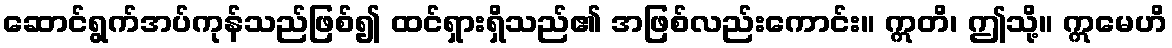
ဆောင်ရွက်အပ်ကုန်သည်ဖြစ်၍ ထင်ရှားရှိသည်၏ အဖြစ်လည်းကောင်း။ ဣတိ၊ ဤသို့။ ဣမေဟိ